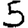
Digit: 5